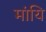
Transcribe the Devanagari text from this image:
मांयि